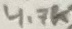
Text: 4.7K